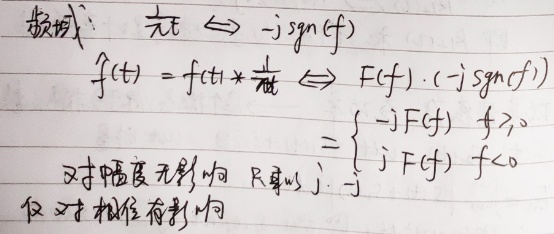
频域：\(\frac{1}{\pi t}\Leftrightarrow -j\mathrm{sgn}(f)\)
\( \hat{f}(t)=f(t)*\frac{1}{\pi t}\Leftrightarrow F(f)\cdot(-j\mathrm{sgn}(f))\)
\(=\begin{cases}-jF(f)&f > 0\\jF(f)&f < 0\end{cases}\)
对幅度无影响 只是\(j,-j\)
仅对相位有影响